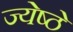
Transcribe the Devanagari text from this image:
ज्येष्ठे